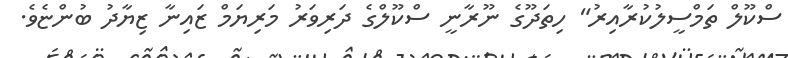
ސްކޫލް ތަމްސީލުކުރާއިރު" ހިތަދޫގެ ނޫރާނީ ސްކޫލްގެ ދަރިވަރު މަރިޔަމް ޒައިނާ ޒިޔާދު ބުންޏެވެ.